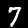
Label: 7